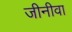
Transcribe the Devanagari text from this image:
जीनीवा